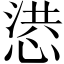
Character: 𢝳